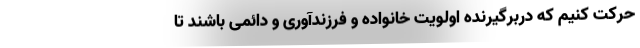
حرکت کنیم که دربرگیرنده اولویت خانواده و فرزندآوری و دائمی باشند تا